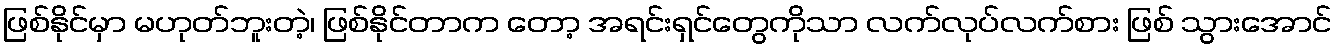
ဖြစ်နိုင်မှာ မဟုတ်ဘူးတဲ့၊ ဖြစ်နိုင်တာက တော့ အရင်းရှင်တွေကိုသာ လက်လုပ်လက်စား ဖြစ် သွားအောင်